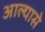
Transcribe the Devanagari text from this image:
आल्यासे